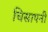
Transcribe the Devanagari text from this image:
चिसापनी